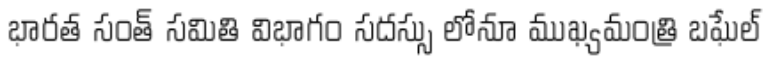
భారత సంత్ సమితి విభాగం సదస్సు లోనూ ముఖ్యమంత్రి బఘేల్